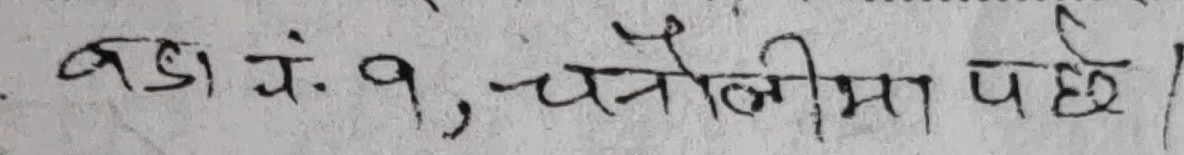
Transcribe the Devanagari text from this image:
बडा नं. १, चनौलिमा पछे।